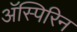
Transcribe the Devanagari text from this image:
अॅस्पिरिन